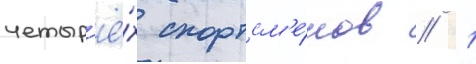
четыр'ё́х спортсм'е́нов // 1